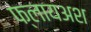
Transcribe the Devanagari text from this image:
फ्लायअश